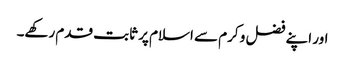
اور اپنے فضل و کرم سے اسلام پر ثابت قدم رکھے۔